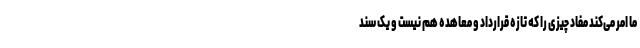
ما امر می‌کند مفاد چیزی را که تازه قرارداد و معاهده هم نیست و یک سند